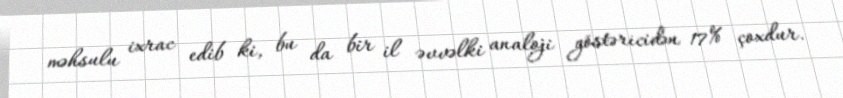
məhsulu ixrac edib ki, bu da bir il əvvəlki analoji göstəricidən 17% çoxdur.